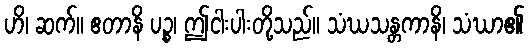
ဟိ၊ ဆက်။ ဧတာနိ ပဉ္စ၊ ဤငါးပါးတို့သည်။ သံဃသန္တကာနိ၊ သံဃာ၏